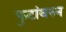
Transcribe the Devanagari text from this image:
फुटांवरुन